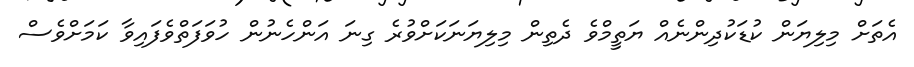
އެތަށް މިލިޔަން ކުޑަކުދިންނެއް ޔަތީމްވެ ދެތިން މިލިޔަނަކަށްވުރެ ގިނަ އަންހެނުން ހުވަފަތްވެފައިވާ ކަމަށްވެސް